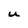
Character: u